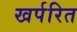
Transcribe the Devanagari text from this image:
खर्परित